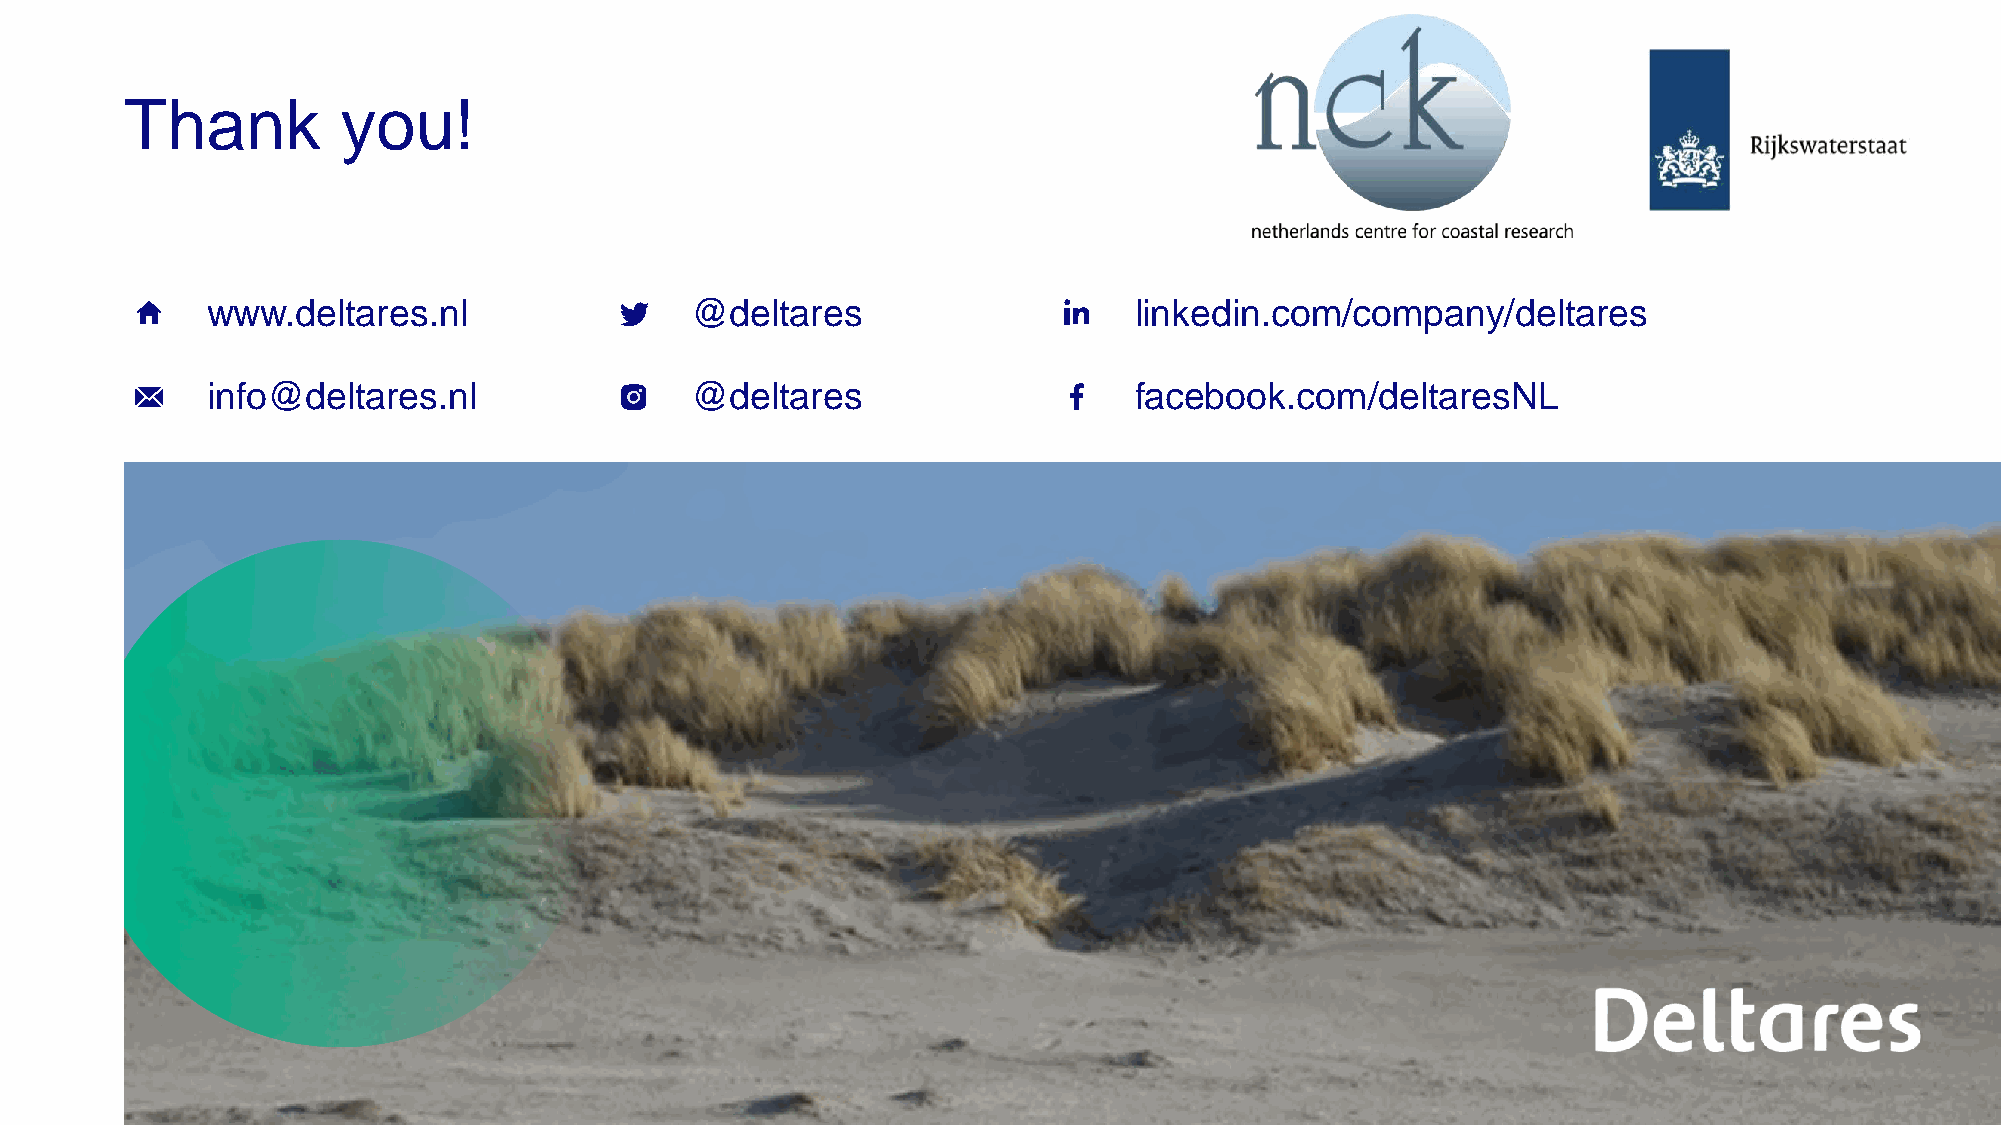
Thank          you!
 www.deltares.nl                 @deltares                    linkedin.com/company/deltares
 info@deltares.nl                @deltares                    facebook.com/deltaresNL